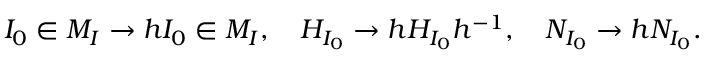
I _ { 0 } \in { \cal { M } } _ { I } \to h I _ { 0 } \in { \cal { M } } _ { I } , \ \ \ H _ { I _ { 0 } } \to h H _ { I _ { 0 } } h ^ { - 1 } , \ \ \ { \cal N } _ { I _ { 0 } } \to h { \cal N } _ { I _ { 0 } } .